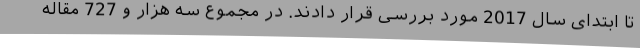
تا ابتدای سال 2017 مورد بررسی قرار دادند. در مجموع سه هزار و 727 مقاله